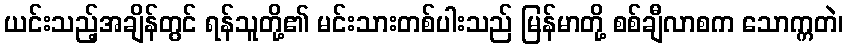
ယင်းသည့်အချိန်တွင် ရန်သူတို့၏ မင်းသားတစ်ပါးသည် မြန်မာတို့ စစ်ချီလာစက သောက္ကတဲ၊